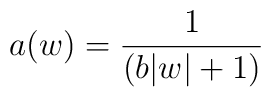
a(w) = \frac{1}{( b |w | + 1)}